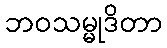
ဘဝသမ္မုဒိတာ